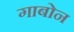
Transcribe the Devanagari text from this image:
गाबोन